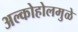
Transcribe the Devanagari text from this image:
अल्कोहोलमुळे